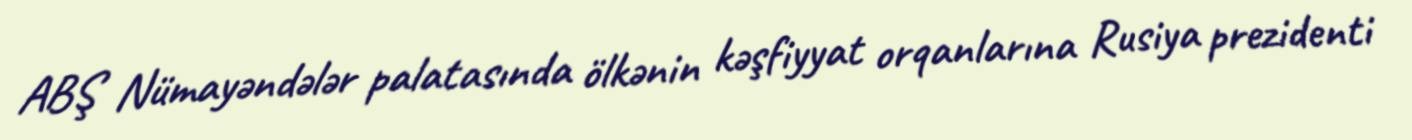
ABŞ Nümayəndələr palatasında ölkənin kəşfiyyat orqanlarına Rusiya prezidenti